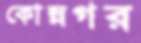
কোন্নগর